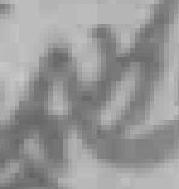
此